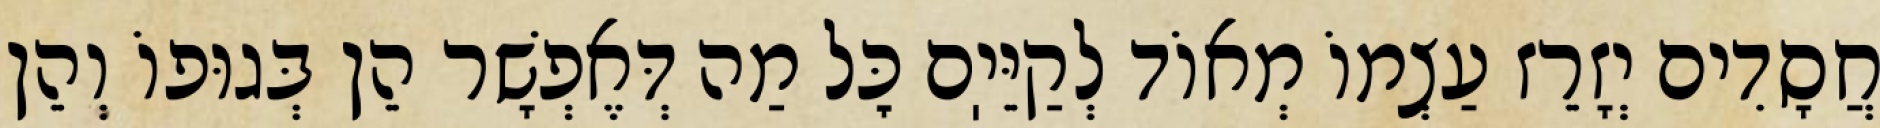
חֲסָדִים יְזָרֵז עַצְמוֹ מְאוֹד לְקַיֵּיֽם כׇּל מַה דְּאֶפְשָׁר הֵן בְּגוּפוֹ וְהֵן